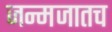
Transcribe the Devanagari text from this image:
जन्मजातच